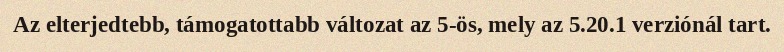
Az elterjedtebb, támogatottabb változat az 5-ös, mely az 5.20.1 verziónál tart.